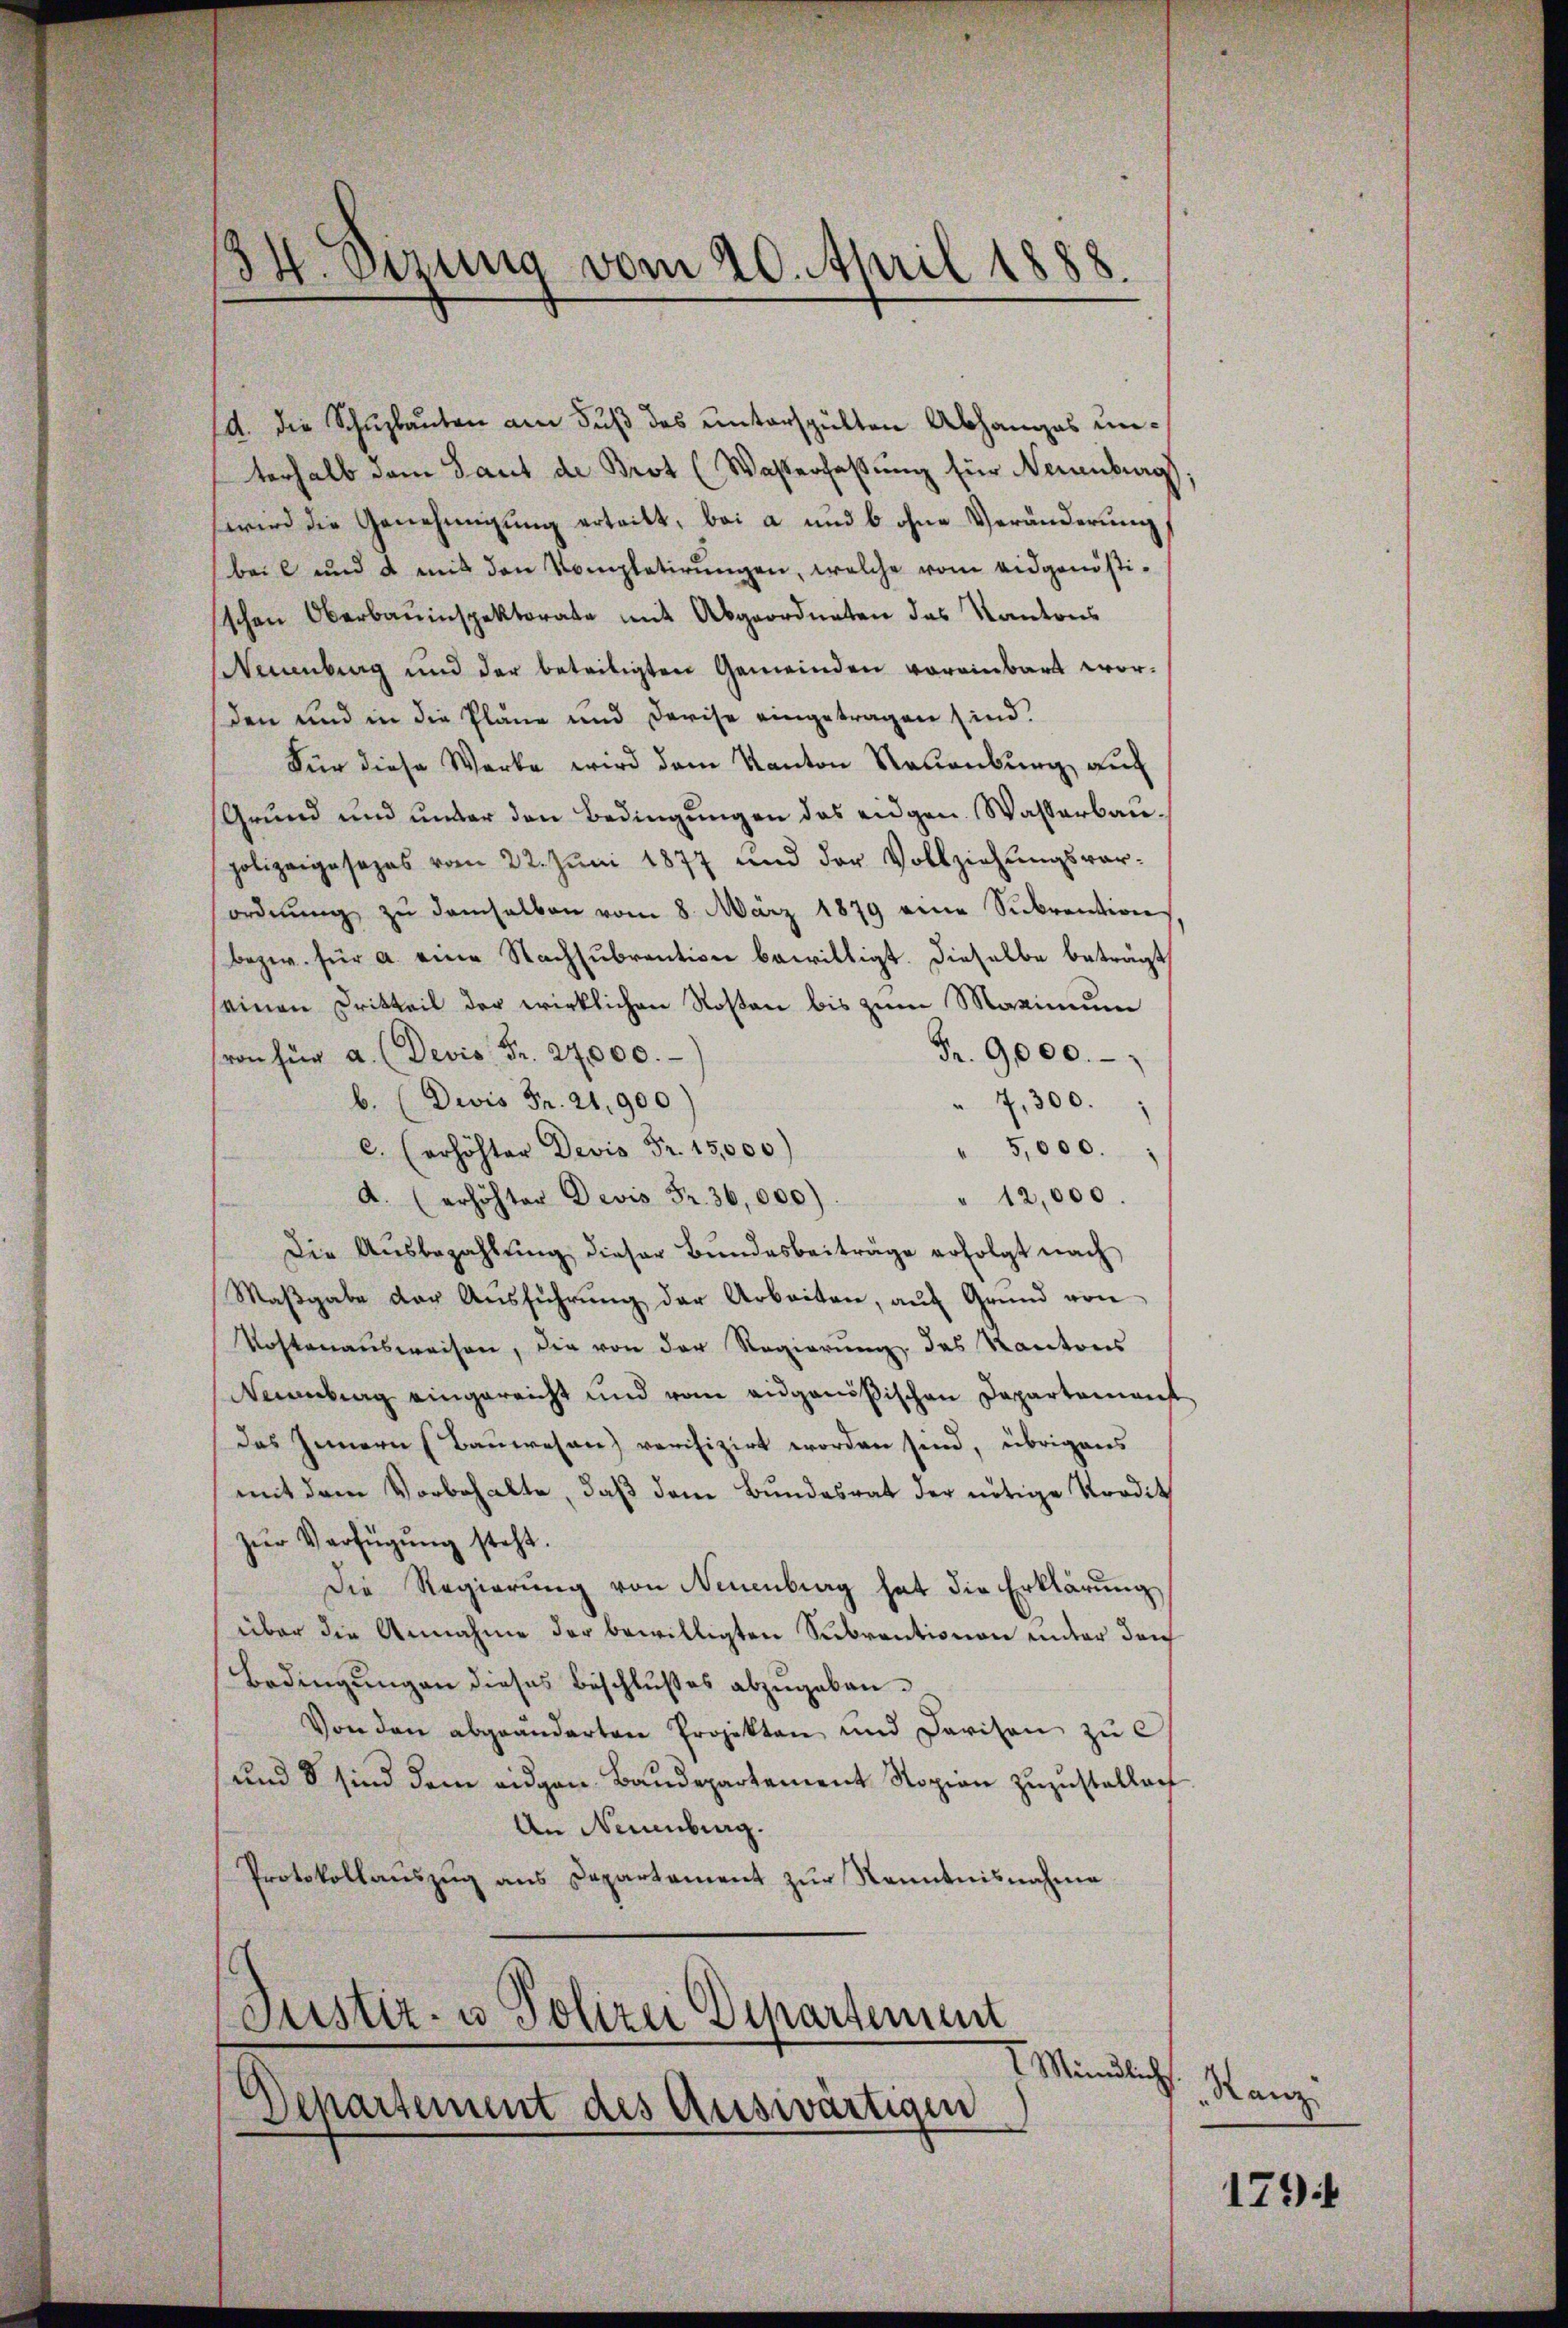
34. Dizung vom 20. April 1888.

A. die Schulauten am Fuß das unterspülten Abhanges unterhalb dem Laut de Brot (Waserfaßung für Neuenburg
wird die Genehmigung erteilt, bei a und b ohne Veränderung
bei und 4 mit den Vompletirŭngen, welche vom eidgenößischen Oberbauinspektorate mit Abgeordneten das Kantons
Neuenburg und der beteiligten Gemeinden voreinbart worden und in die Pläne und Devise eingetragen sind.
Für diese Werke wird dem Kanton Neuenburg auch
Grund und unter den Bedingungen das eidgen. Wasserbaupolizeigesezes vom 22. Juni 1877 und der Vollziehungsver-
ordnŭng zŭ demselben vom 8. März 1879 eine Sŭbvention
bezw. für a. eine Nachsubrention bewilligt. Dieselbe beträgt,
seinen Dritteil der wirklichen Rosen bis zum Maximum
Fr. 9000.
von für a. (Devis Fr. 24,000.
7,300.
b. (Divis Fr. 21. 900
" 5,000.
c. erhöhter Devis Fr. 15,000)
" 12,000.
A. (erhöhter Devis Fr. 36,000)
Die Aŭsbezahlŭng dieser Bundesbeiträge erfolgt nach
Maßgabe der Ausführung der Arbeiten, auf Grund von
Kostenaŭsweisen, die von der Regierŭng des Kantons
Neuenburg eingereicht und vom angenößischen Departament
das Innern (Bauwesen) verifizirt worden sind, übrigens
mit dem Vorbehalte, daß dem Bundesrat der nötige Kordit
zŭr Verfügŭng steht.
Die Regierung von Neuenburg hat die Erklärung
über die Annahme der bewilligten Subventionen unter den
Bedingungen dieses Beschlußes abzugeben.
Von den abgeänderten Projekten und Parison zŭ e
und d sind dem eidgen. Baudepartement Sopion zuzustellen
An Neuenburg.
Protokollauszug aus Departament zur Kenntnisnahme
Justiz- u Polizei Departement
Mündliche
Departement des Auswärtigen

Ranz

179